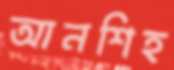
আনশিহ